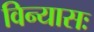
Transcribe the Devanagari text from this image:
विन्यासः